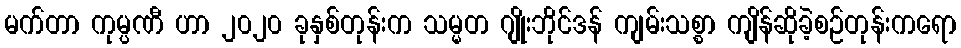
မက်တာ ကုမ္ပဏီ ဟာ ၂၀၂၀ ခုနှစ်တုန်းက သမ္မတ ဂျိုးဘိုင်ဒန် ကျမ်းသစ္စာ ကျိန်ဆိုခဲ့စဉ်တုန်းကရော